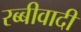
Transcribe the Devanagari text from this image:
रब्बीवादी